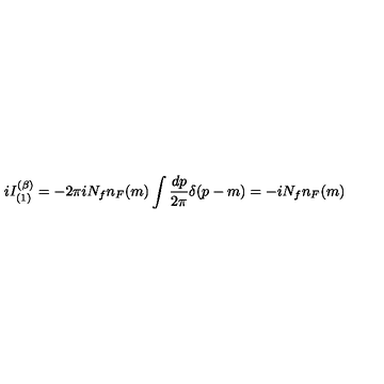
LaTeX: i I _ { ( 1 ) } ^ { ( \beta ) } = - 2 \pi i N _ { f } n _ { F } ( m ) \int { \frac { d p } { 2 \pi } } \delta ( p - m ) = - i N _ { f } n _ { F } ( m )